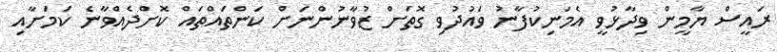
ރައީސް ޔާމީން ވިދާޅުވީ އެމަނިކުފާނު ވައުދުވި ގޮތަށް ޒުވާނުންނަށް ކަންތައްތައް ކޮށްދެއްވާނެ ކަމަށާއި